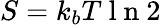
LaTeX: S=k_{b}T\mathrm{~l~n~}2